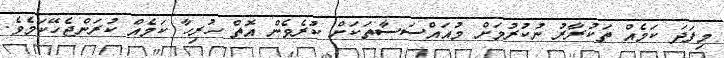
މިފަދަ ކަމެއް ތަކުރާރު ނުކުރުމަށް މުއައްސަސާތަކަށް ކުރެވެެން އޮތް ހުރިހާ ކަމެއް ކުރަންޖެހޭކަމެވެ.